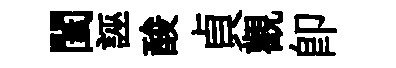
闔誣酸貞觀卽